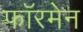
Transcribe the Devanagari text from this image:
फॉरमेन